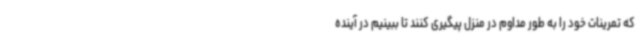
که تمرینات خود را به طور مداوم در منزل پیگیری کنند تا ببینیم در آینده